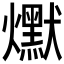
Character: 𰟵